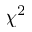
\chi ^ { 2 }